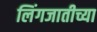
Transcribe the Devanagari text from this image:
लिंगजातीच्या